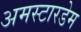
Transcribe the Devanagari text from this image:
अमस्टारडेम